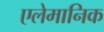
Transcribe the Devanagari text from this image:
एलेमानिक